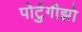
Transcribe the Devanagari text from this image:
पोर्टुगीझो